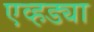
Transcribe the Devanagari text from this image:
एव्हड्या